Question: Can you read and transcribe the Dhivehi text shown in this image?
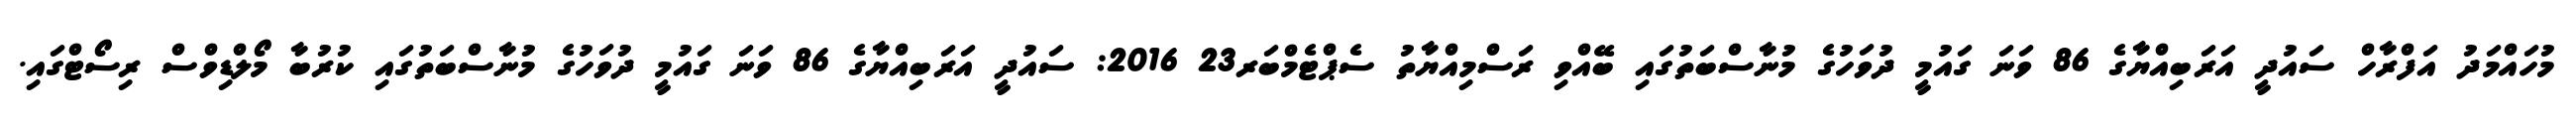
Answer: މުހައްމަދު އަފްރާހް ސައުދީ އަރަބިއްޔާގެ 86 ވަނަ ގައުމީ ދުވަހުގެ މުނާސްބަތުގައި ބޭއްވި ރަސްމިއްޔާތު ސެޕްޓެމްބަރ23 2016: ސައުދީ އަރަބިއްޔާގެ 86 ވަނަ ގައުމީ ދުވަހުގެ މުނާސްބަތުގައި ކުރުބާ މޯލްޑިވްސް ރިސޯޓްގައި.